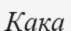
Кака